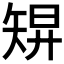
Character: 𥏓